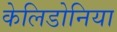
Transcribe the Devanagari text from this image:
केलिडोनिया